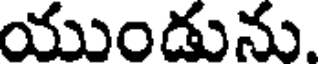
యుండును.